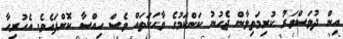
އިން ދުވަސްވަރު ކުރިމަތިލާން ޖެހުނު ކަންކަމުގެ ވާހަކަތައް ވެސް ހިއްސާ ކޮށްފައެވެ. އެހުރިހާ